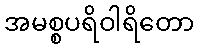
အမစ္စပရိဝါရိတော